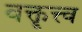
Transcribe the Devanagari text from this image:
वक्तॄत्त्व